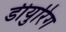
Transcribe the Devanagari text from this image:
डीयुरिंग